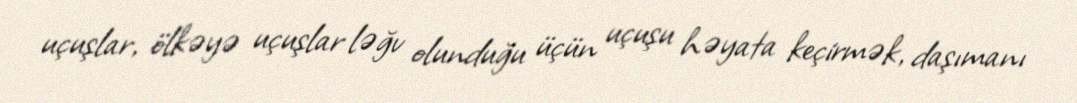
uçuşlar, ölkəyə uçuşlar ləğv olunduğu üçün uçuşu həyata keçirmək, daşımanı